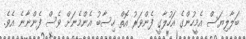
ބަލާލިޔަސް އެމީހުންގެ އަހުލާގީ ފެންވަރު އޮތް ހިސާބު އެންމެނަށް ވެސް ފެންނާނެ އެވެ.